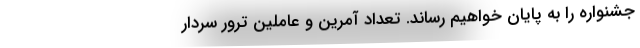
جشنواره را به پایان خواهیم رساند. تعداد آمرین و عاملین ترور سردار